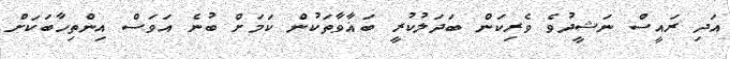
އަދި ރައީސް ނަޝީދުވެ ވެރިކަން ބަދަލުކުރީ ބަޣާވާތަކުން ކަމަށް ބުނެ އަވަސް އިންތިހާބަކަށް